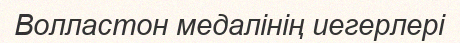
Волластон медалінің иегерлері